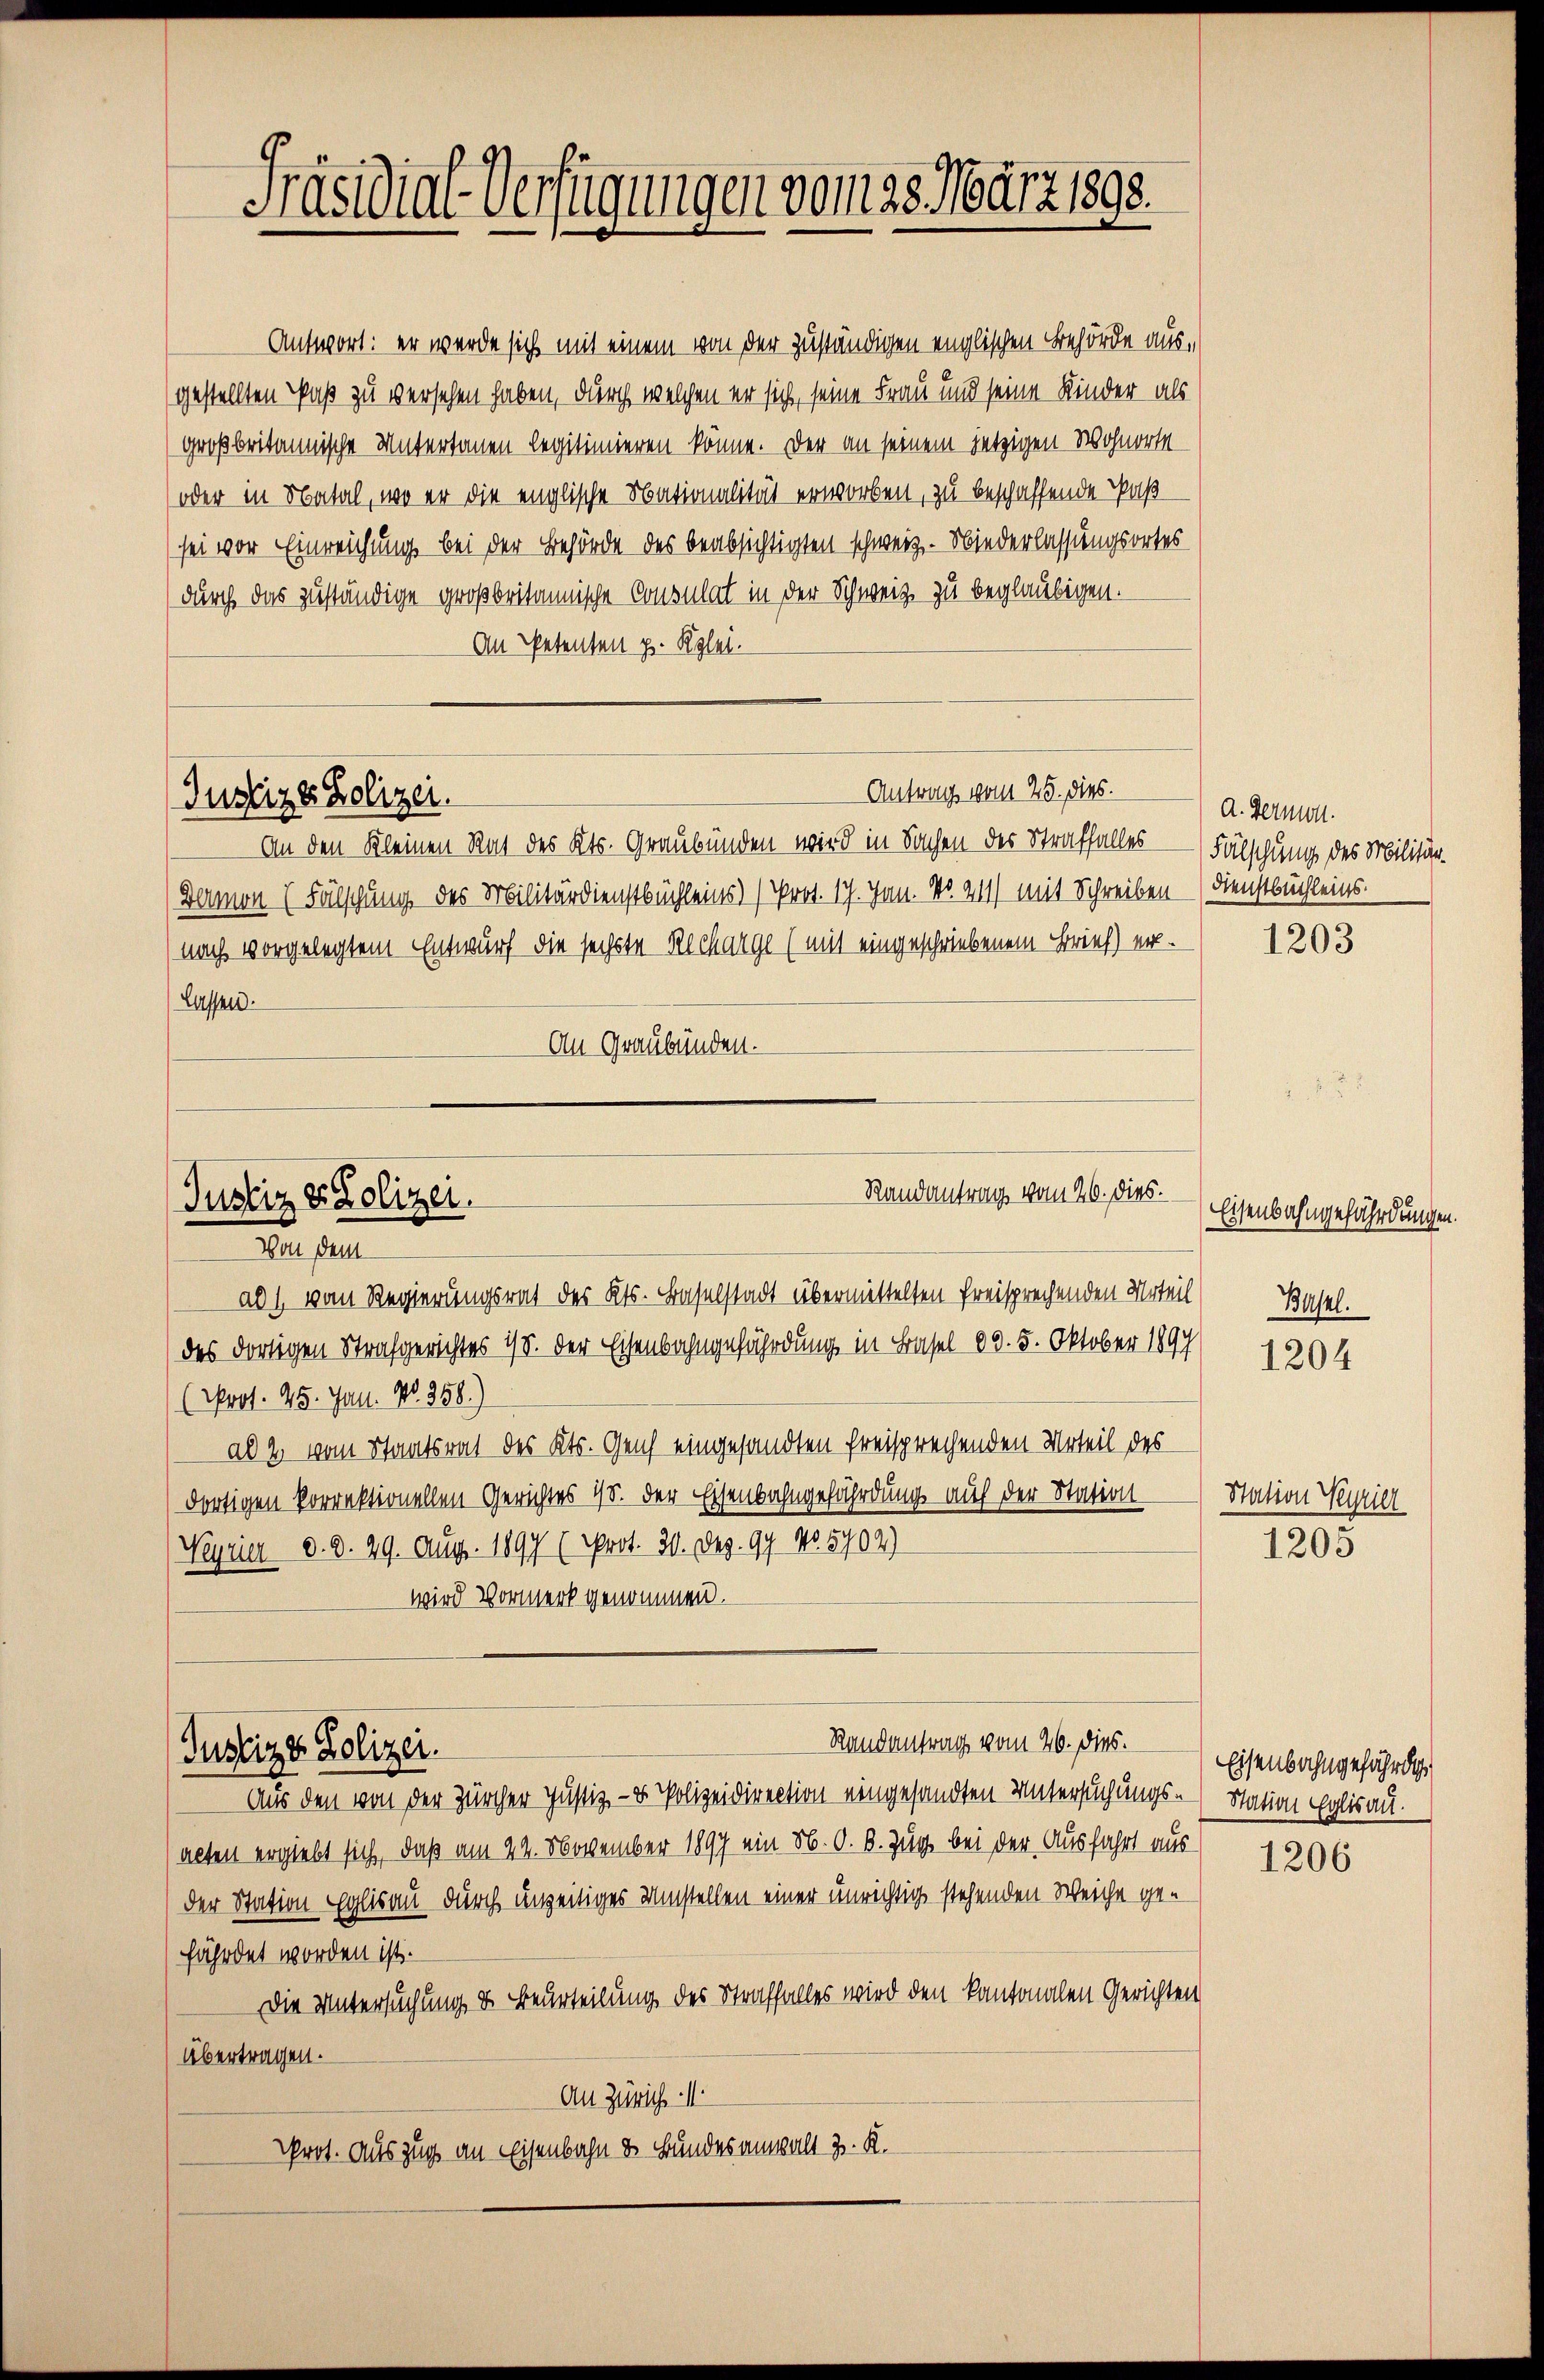
Präsidial-Verfügungen vom 28. März 1890.

Justizer Polizei.

(oder in Natal, wo er die englische Nationalität erworben, zu beschaffende Paß
sei vor Einreichung bei der Behörde des beabsichtigten schweiz. Niederlassungsortes
(durch das zuständige großbritannische Consulat in der Schweiz zu beglaubigen.
An Petenten z. Klei
Antrag vom 25. dies.
An den Kleinen Rat des Kts. Graubünden wird in Sachen des Straffalles Fälschung des Militär-
Damon (Fälschung des Militärdienstbüchleins) (Prot. 17. Jan. No. 211) mit Schreiben (Dienstbüchleins.
nach vorgelegtem Entwurf die sechste Recharge (mit eingeschriebenem Brief) er-
lassen.
An Graubünden.
Randantrag vom 26. dies.
Justiz & Polizei.
rusen
ab 1 vom Regierungsrat des Kts. Baselstadt übermittelten freisprechenden Urteil) Basel.
des dortigen Strafgerichtes 18. der Eisenbahngefährdung in Basel 00. 5. Oktober 1897
(Prot. 45. Jan. No. 358)
al 2 vom Staatsrat des Kts. Genf eingesandten freisprechenden Urteil des
dortigen korrektionellen Gerichtes 18. der Eisenbahngefährdung auf der Station
Neyrier d. d. 29. Aug. 1897 (Prot. 30. Dez. 99. No. 5702)
wird Vormerk genommen.

Justiz & Polizei.

Antwort: er werde sich mit einem von der zuständigen englischen Behörde ausgestellten Paß zu versehen haben, durch welchen er sich, seine Frau und seine Kinder als
großbritannische Untertanen legitimieren könne. Der an seinem jetzigen Wohnorte

Randantrag vom 26. dies.

A. Vermort.

Aus den von der Zürcher Justiz- & Polizeidirection eingesandten Untersuchungs- Station Eglisau.
alten ergiebt sich, daß am 24. November 1897 ein N. O. B. Zug bei der Ausfahrt aus
der Station Eglisau durch unzeitiges Umstellen einer unrichtig stehenden Weiche gefährdet worden ist.
Die Untersuchung & Beurteilung des Straffalles wird den kantonalen Gerichten
Übertragen.
An Zürich
Prot. Auszug an Eisenbahn & Bundesanwalt z. K.

1203

Eisenbahngefährdungen.

1204

Nation Variel
1205

Eisenbahngefährdi

1206